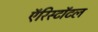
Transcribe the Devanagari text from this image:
ऍरिस्टॉटल